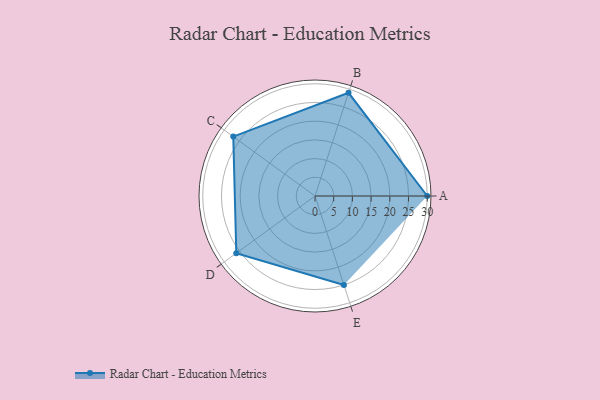
{"axis": {"x": "Skill", "y": "Score"}, "legend": ["Profile"], "data": [{"x": "A", "y": 30.0, "type": "Profile"}, {"x": "B", "y": 29.0, "type": "Profile"}, {"x": "C", "y": 27.0, "type": "Profile"}, {"x": "D", "y": 26.0, "type": "Profile"}, {"x": "E", "y": 25.0, "type": "Profile"}]}